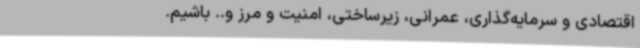
اقتصادی و سرمایه‌گذاری، عمرانی، زیرساختی، امنیت و مرز و.. باشیم.